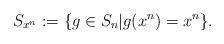
LaTeX: \begin{align*}S_{{x}^n}: = \{g \in S_n | g({x}^n)={x}^n \}.\end{align*}